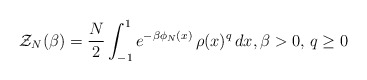
\begin{align*}\mathcal{Z}_{N}(\beta) = \frac{N}{2}\int_{-1}^{1}e^{-\beta \phi_{N}(x)}\,\rho(x)^{q}\,dx, \beta>0 , \, q\ge 0\end{align*}